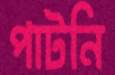
পাটনি